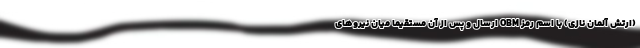
(ارتش آلمان نازی) با اسم رمز OBM ارسال و پس از آن مستقیما میان نیروهای